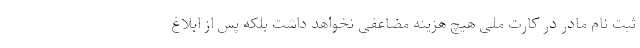
ثبت نام مادر در کارت ملی هیچ هزینه مضاعفی نخواهد داشت بلکه پس از ابلاغ